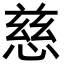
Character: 慈